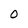
Character: 0